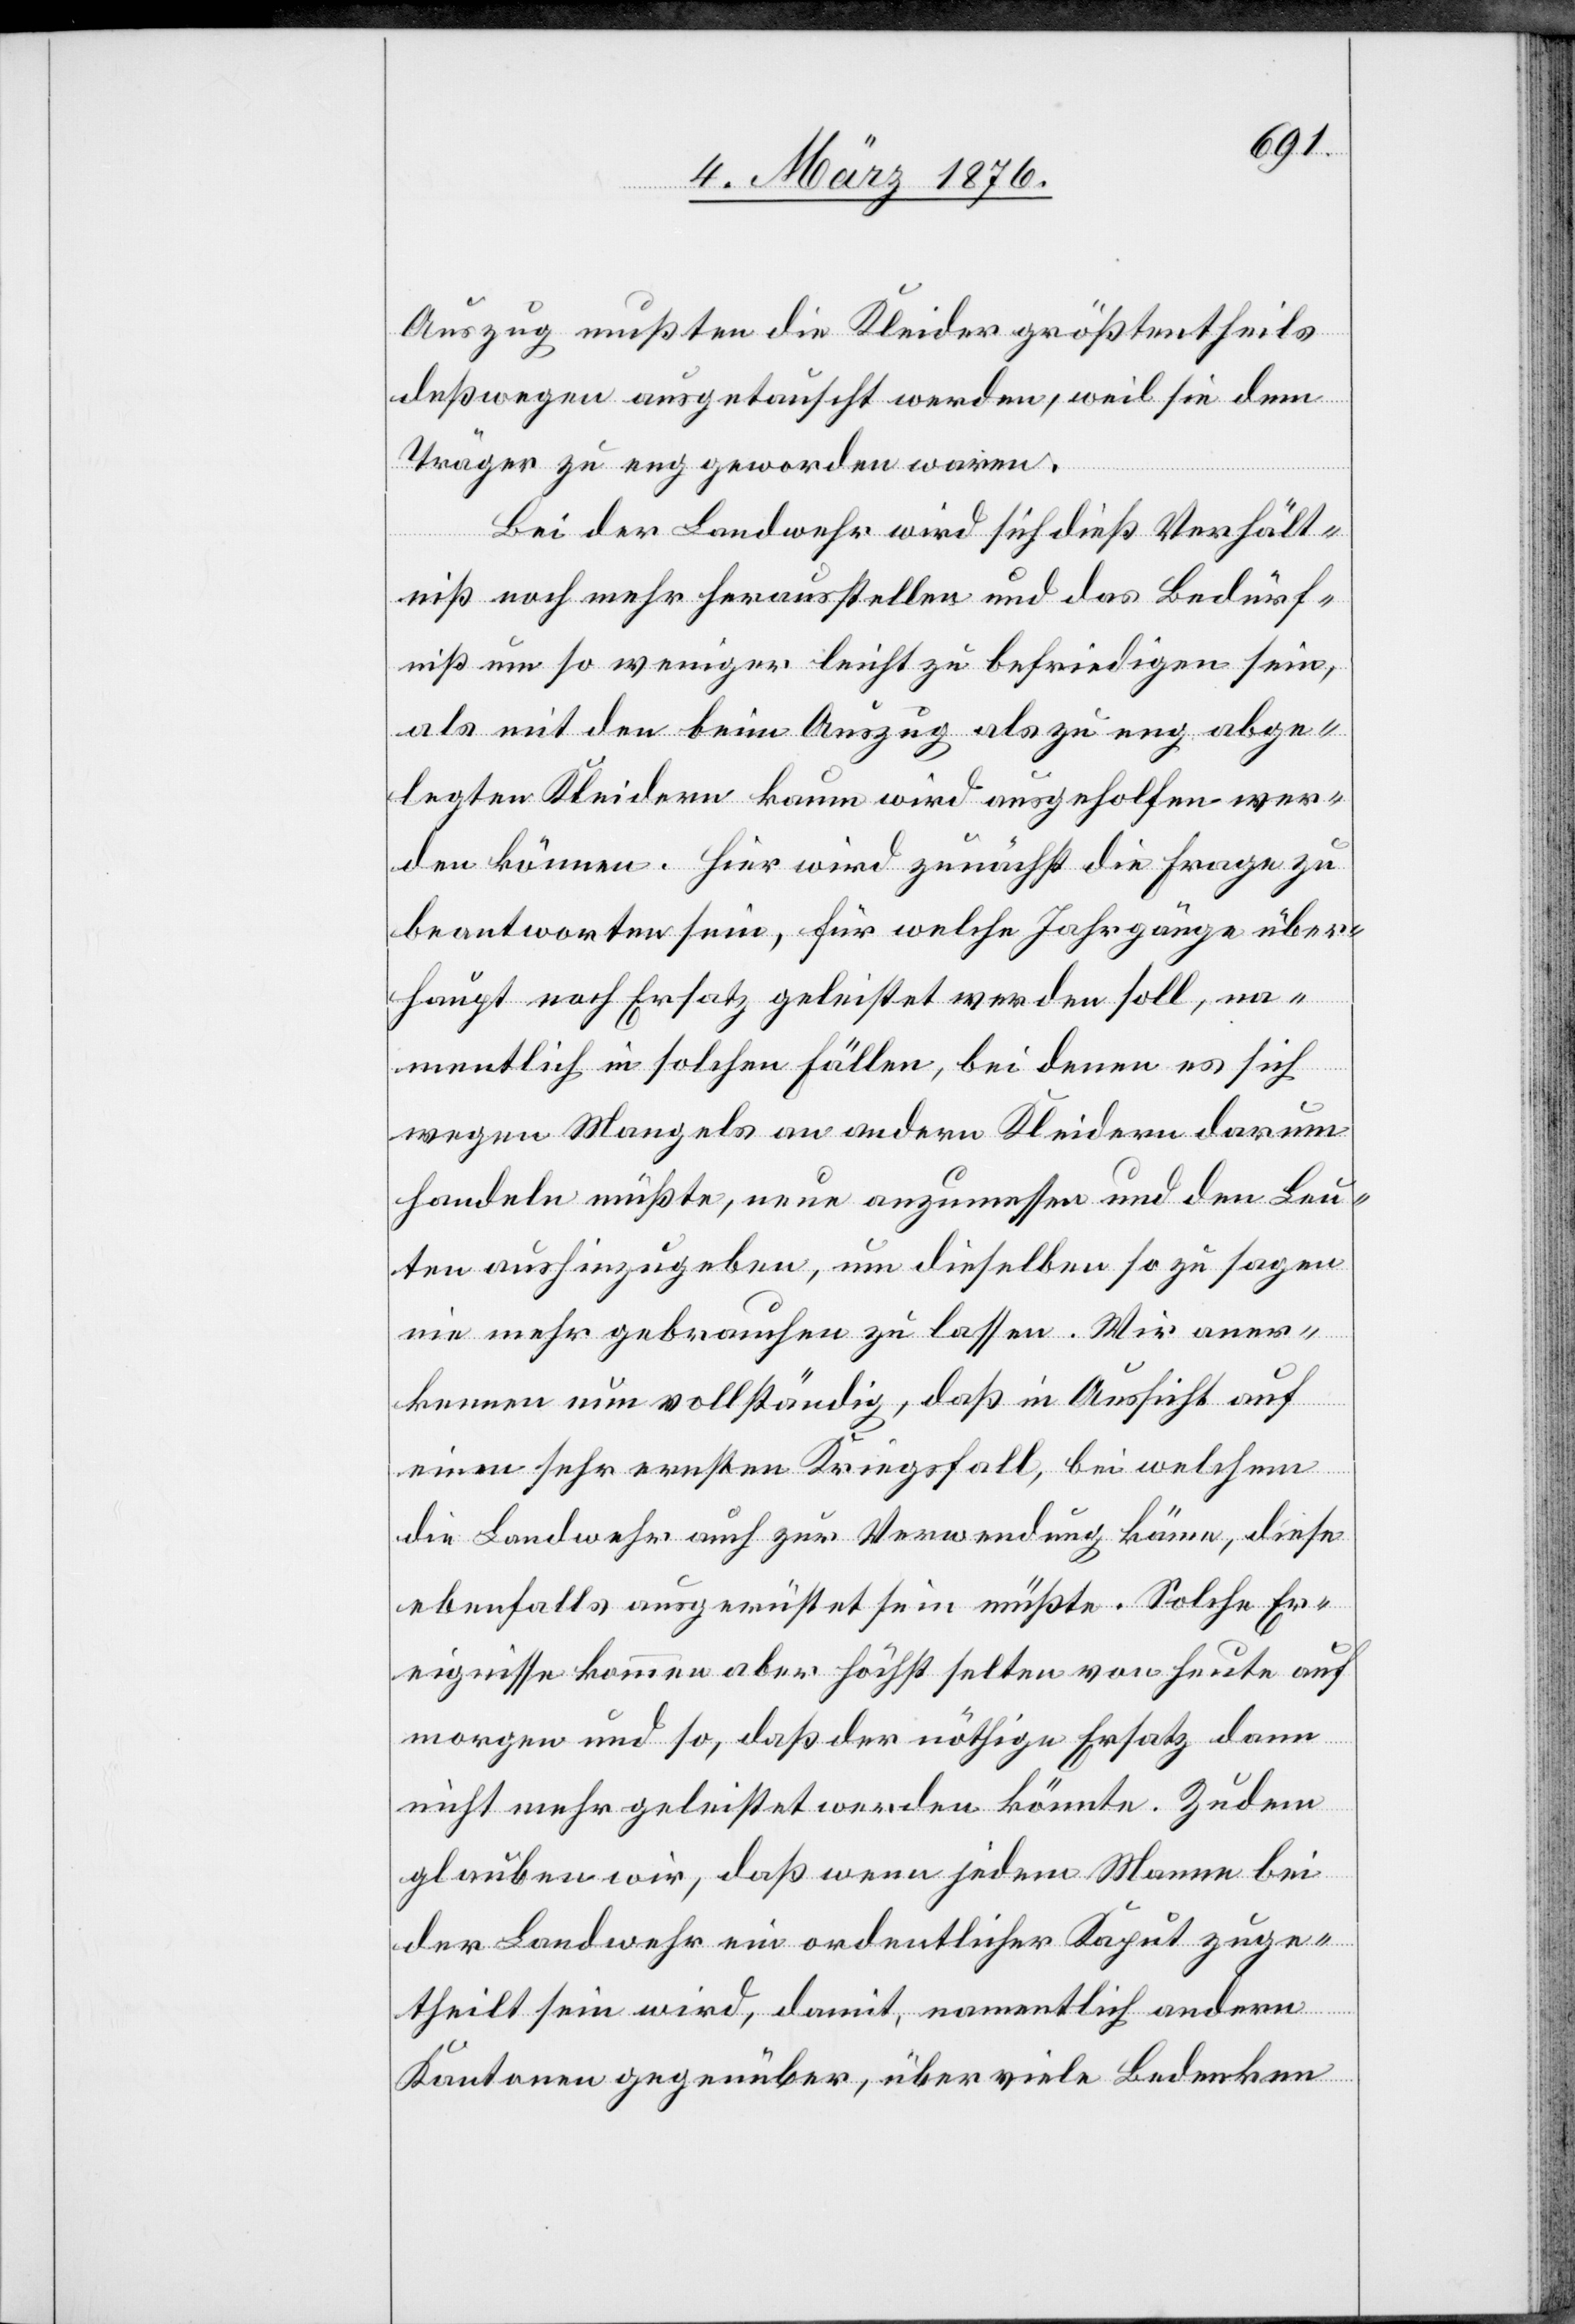
Auszug mußten die Kleider größtentheils
deßwegen ausgetauscht werden, weil sie dem
Träger zu eng geworden waren.
Bei der Landwehr wird sich dieß Verhält¬
niß noch mehr herausstellen und das Bedürf¬
niß um so weniger leicht zu befriedigen sein,
als mit den beim Auszug als zu eng abge¬
legten Kleidern kaum wird ausgeholfen wer¬
den können. Hier wird zunächst die Frage zu
beantworten sein, für welche Jahrgänge über¬
haupt noch Ersatz geleistet werden soll, na¬
mentlich in solchen Fällen, bei denen es sich
wegen Mangels an andern Kleidern darum
handeln müßte, neue anzumessen und den Leu¬
ten aushinzugeben, um dieselben so zu sagen
nie mehr gebrauchen zu lassen. Wir aner¬
kennen nun vollständig, daß in Aussicht auf
einen sehr ernsten Kriegsfall, bei welchem
die Landwehr auch zur Verwendung käme, diese
ebenfalls ausgerüstet sein müßte. Solche Er¬
eignisse kommen aber höchst selten von Heute auf
morgen und so, daß der nöthige Ersatz dann
nicht mehr geleistet werden könnte. Zudem
glauben wir, daß wenn jedem Mann bei
der Landwehr ein ordentlicher Kaput zuge¬
theilt sein wird, damit, namentlich andern
Kantonen gegenüber, über viele Bedenken